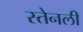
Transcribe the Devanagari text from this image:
स्तेनली